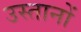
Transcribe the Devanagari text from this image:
उस्तानों